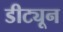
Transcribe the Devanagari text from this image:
डीट्यून